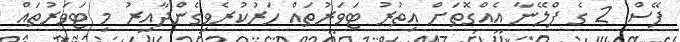
ފޭސް 2 ގެ ޕްލޭނާ އެއްގޮތަށް އިތުރު ޓަވަރުތައް ހަރުކުރެވިގެންދާއިރު މި ޓަވަރުތައް